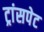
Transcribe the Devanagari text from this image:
ट्रांसपेट